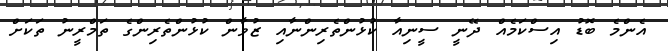
އެންމެ ބޮޑު އިސްކަމެއް ދޭނީ ސީނިއާ ކުޅުންތެރިންނާއި ޒުވާން ކުޅުންތެރިންގެ ތަމްރީނު ތަކަށް